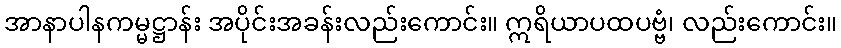
အာနာပါနကမ္မဋ္ဌာန်း အပိုင်းအခန်းလည်းကောင်း။ ဣရိယာပထပဗ္ဗံ၊ လည်းကောင်း။